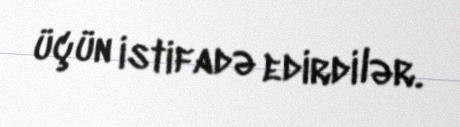
üçün istifadə edirdilər.